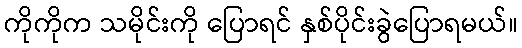
ကိုကိုက သမိုင်းကို ပြောရင် နှစ်ပိုင်းခွဲပြောရမယ်။